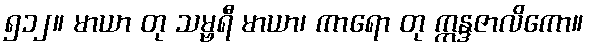
၅၁၂။ မာယာ တု သမ္ဗရီ မာယာ၊ ကာရော တု ဣန္ဒဇာလိကော။